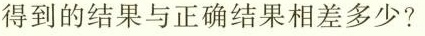
得到的结果与正确结果相差多少?